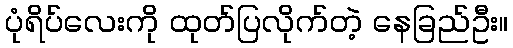
ပုံရိပ်လေးကို ထုတ်ပြလိုက်တဲ့ နေခြည်ဦး။